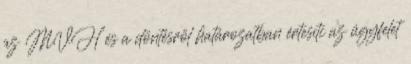
az MVH és a döntésről határozatban értesíti az ügyfelet